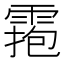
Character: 𩃧